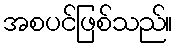
အစပင်ဖြစ်သည်။